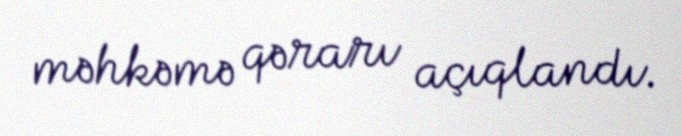
məhkəmə qərarı açıqlandı.